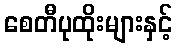
စေတီပုထိုးများနှင့်